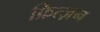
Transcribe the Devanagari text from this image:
फ्रित्ज़न